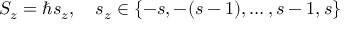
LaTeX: S _ { z } = \hbar s _ { z } , \quad s _ { z } \in \{ - s , - ( s - 1 ) , \dots , s - 1 , s \} \,